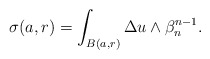
\begin{align*} \begin{aligned} \sigma(a,r)=\int_{B(a,r)}\Delta u \wedge \beta_n ^{n-1}.\end{aligned} \end{align*}